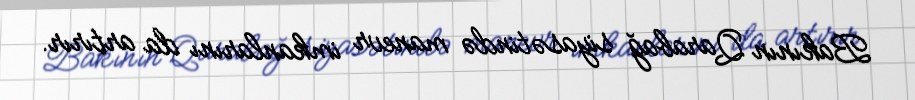
Bakının Qarabağ siyasətində manevr imkanlarını da artırır.